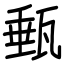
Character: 甀